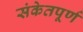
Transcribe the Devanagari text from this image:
संकेतपूर्ण